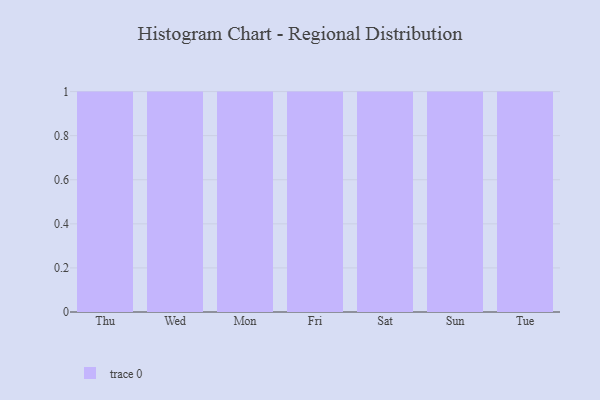
{"axis": {"x": "Day", "y": "Inventory Turnover"}, "legend": [""], "data": [{"x": "Thu", "y": 33, "type": ""}, {"x": "Wed", "y": 30, "type": ""}, {"x": "Mon", "y": 1, "type": ""}, {"x": "Fri", "y": 22, "type": ""}, {"x": "Sat", "y": 95, "type": ""}, {"x": "Sun", "y": 53, "type": ""}, {"x": "Tue", "y": 98, "type": ""}]}